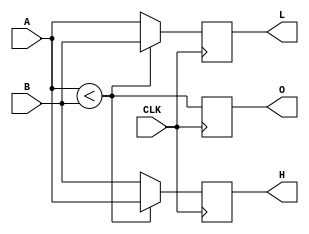
`timescale 1ns / 1ps
//////////////////////////////////////////////////////////////////////////////////
// Company: 
// 
// Design Name: 
// Module Name: comparator
// Project Name: bitonic_sort
// Target Devices:
// Tool Versions:
// Description:
// Dependencies:
// Revision:
// Revision 0.01 - File Created
// Additional Comments:
// License: MIT
//  Copyright (c) 2019 Dmitry Matyunin
//  Permission is hereby granted, free of charge, to any person obtaining a copy
//  of this software and associated documentation files (the "Software"), to deal
//  in the Software without restriction, including without limitation the rights
//  to use, copy, modify, merge, publish, distribute, sublicense, and/or sell
//  copies of the Software, and to permit persons to whom the Software is
//  furnished to do so, subject to the following conditions:
//
//  The above copyright notice and this permission notice shall be included in
//  all copies or substantial portions of the Software.
//
//  THE SOFTWARE IS PROVIDED "AS IS", WITHOUT WARRANTY OF ANY KIND, EXPRESS OR
//  IMPLIED, INCLUDING BUT NOT LIMITED TO THE WARRANTIES OF MERCHANTABILITY
//  FITNESS FOR A PARTICULAR PURPOSE AND NONINFRINGEMENT. IN NO EVENT SHALL THE
//  AUTHORS OR COPYRIGHT HOLDERS BE LIABLE FOR ANY CLAIM, DAMAGES OR OTHER
//  LIABILITY, WHETHER IN AN ACTION OF CONTRACT, TORT OR OTHERWISE, ARISING FROM,
//  OUT OF OR IN CONNECTION WITH THE SOFTWARE OR THE USE OR OTHER DEALINGS IN
//  THE SOFTWARE.
// 
//////////////////////////////////////////////////////////////////////////////////

module bitonic_comp #(
	parameter DATA_WIDTH = 16,
	parameter POLARITY = 0,
	parameter SIGNED = 0
)
(
	input wire CLK,
	input wire [DATA_WIDTH-1:0]A,
	input wire [DATA_WIDTH-1:0]B,
	output wire [DATA_WIDTH-1:0]H,
	output wire [DATA_WIDTH-1:0]L,
	output wire O
);

reg [DATA_WIDTH-1:0]H_REG;
reg [DATA_WIDTH-1:0]L_REG;
reg O_REG;

wire LESS;

assign H = H_REG;
assign L = L_REG;
assign O = O_REG;

generate
	if (SIGNED == 0) begin
		assign LESS = $unsigned(A) < $unsigned(B);	
	end else begin
		assign LESS = $signed(A) < $signed(B);
	end
	
	if (POLARITY == 0) begin
		always @(posedge CLK) begin
			H_REG <= (LESS) ? A : B;
			L_REG <= (LESS) ? B : A;
			O_REG <= LESS;
		end
	end else begin
		always @(posedge CLK) begin
			H_REG <= (LESS) ? B : A;
			L_REG <= (LESS) ? A : B;
			O_REG <= ~LESS;
		end
	end
endgenerate

endmodule